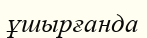
ұшырғанда